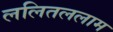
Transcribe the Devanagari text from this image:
ललितललाम